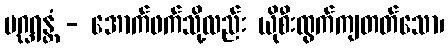
ပဂ္ဃရန္တံ - အောက်ဖက်သို့လည်း ယိုစီးထွက်ကျတတ်သော၊